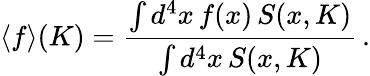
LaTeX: \langle f\rangle(K)=\frac{\int d^{4}x\, f(x)\, S(x,K)}{\int d^{4}x\, S(x,K)}\, .